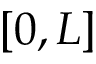
[ 0 , L ]